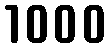
1000